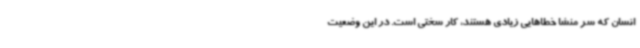
انسان که سر منشا خطاهایی زیادی هستند، کار سختی است. در این وضعیت